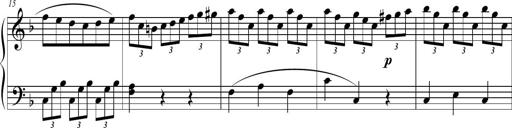
Title: 2 Sonatines faciles et brillantes pour le piano-forte seul
Composer: Carl Czerny